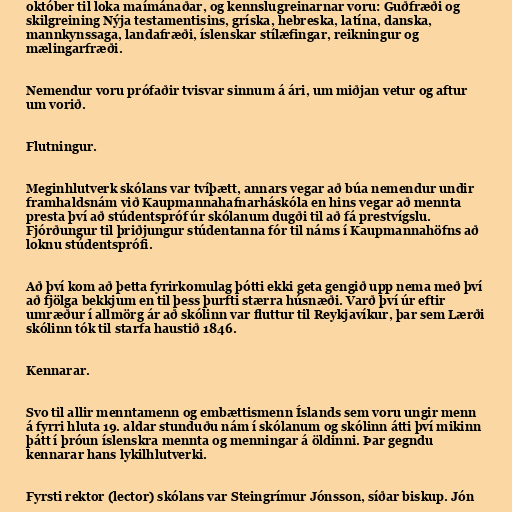
október til loka maímánaðar, og kennslugreinarnar voru: Guðfræði og
skilgreining Nýja testamentisins, gríska, hebreska, latína, danska,
mannkynssaga, landafræði, íslenskar stílæfingar, reikningur og
mælingarfræði.

Nemendur voru prófaðir tvisvar sinnum á ári, um miðjan vetur og aftur
um vorið.

Flutningur.

Meginhlutverk skólans var tvíþætt, annars vegar að búa nemendur undir
framhaldsnám við Kaupmannahafnarháskóla en hins vegar að mennta
presta því að stúdentspróf úr skólanum dugði til að fá prestvígslu.
Fjórðungur til þriðjungur stúdentanna fór til náms í Kaupmannahöfns að
loknu stúdentsprófi.

Að því kom að þetta fyrirkomulag þótti ekki geta gengið upp nema með því
að fjölga bekkjum en til þess þurfti stærra húsnæði. Varð því úr eftir
umræður í allmörg ár að skólinn var fluttur til Reykjavíkur, þar sem Lærði
skólinn tók til starfa haustið 1846.

Kennarar.

Svo til allir menntamenn og embættismenn Íslands sem voru ungir menn
á fyrri hluta 19. aldar stunduðu nám í skólanum og skólinn átti því mikinn
þátt í þróun íslenskra mennta og menningar á öldinni. Þar gegndu
kennarar hans lykilhlutverki.

Fyrsti rektor (lector) skólans var Steingrímur Jónsson, síðar biskup. Jón